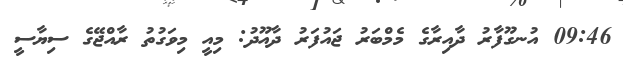
09:46 އުނގޫފާރު ދާއިރާގެ މެމްބަރު ޖައުފަރު ދާއޫދު: މިއީ މިވަގުތު ރާއްޖޭގެ ސިޔާސީ